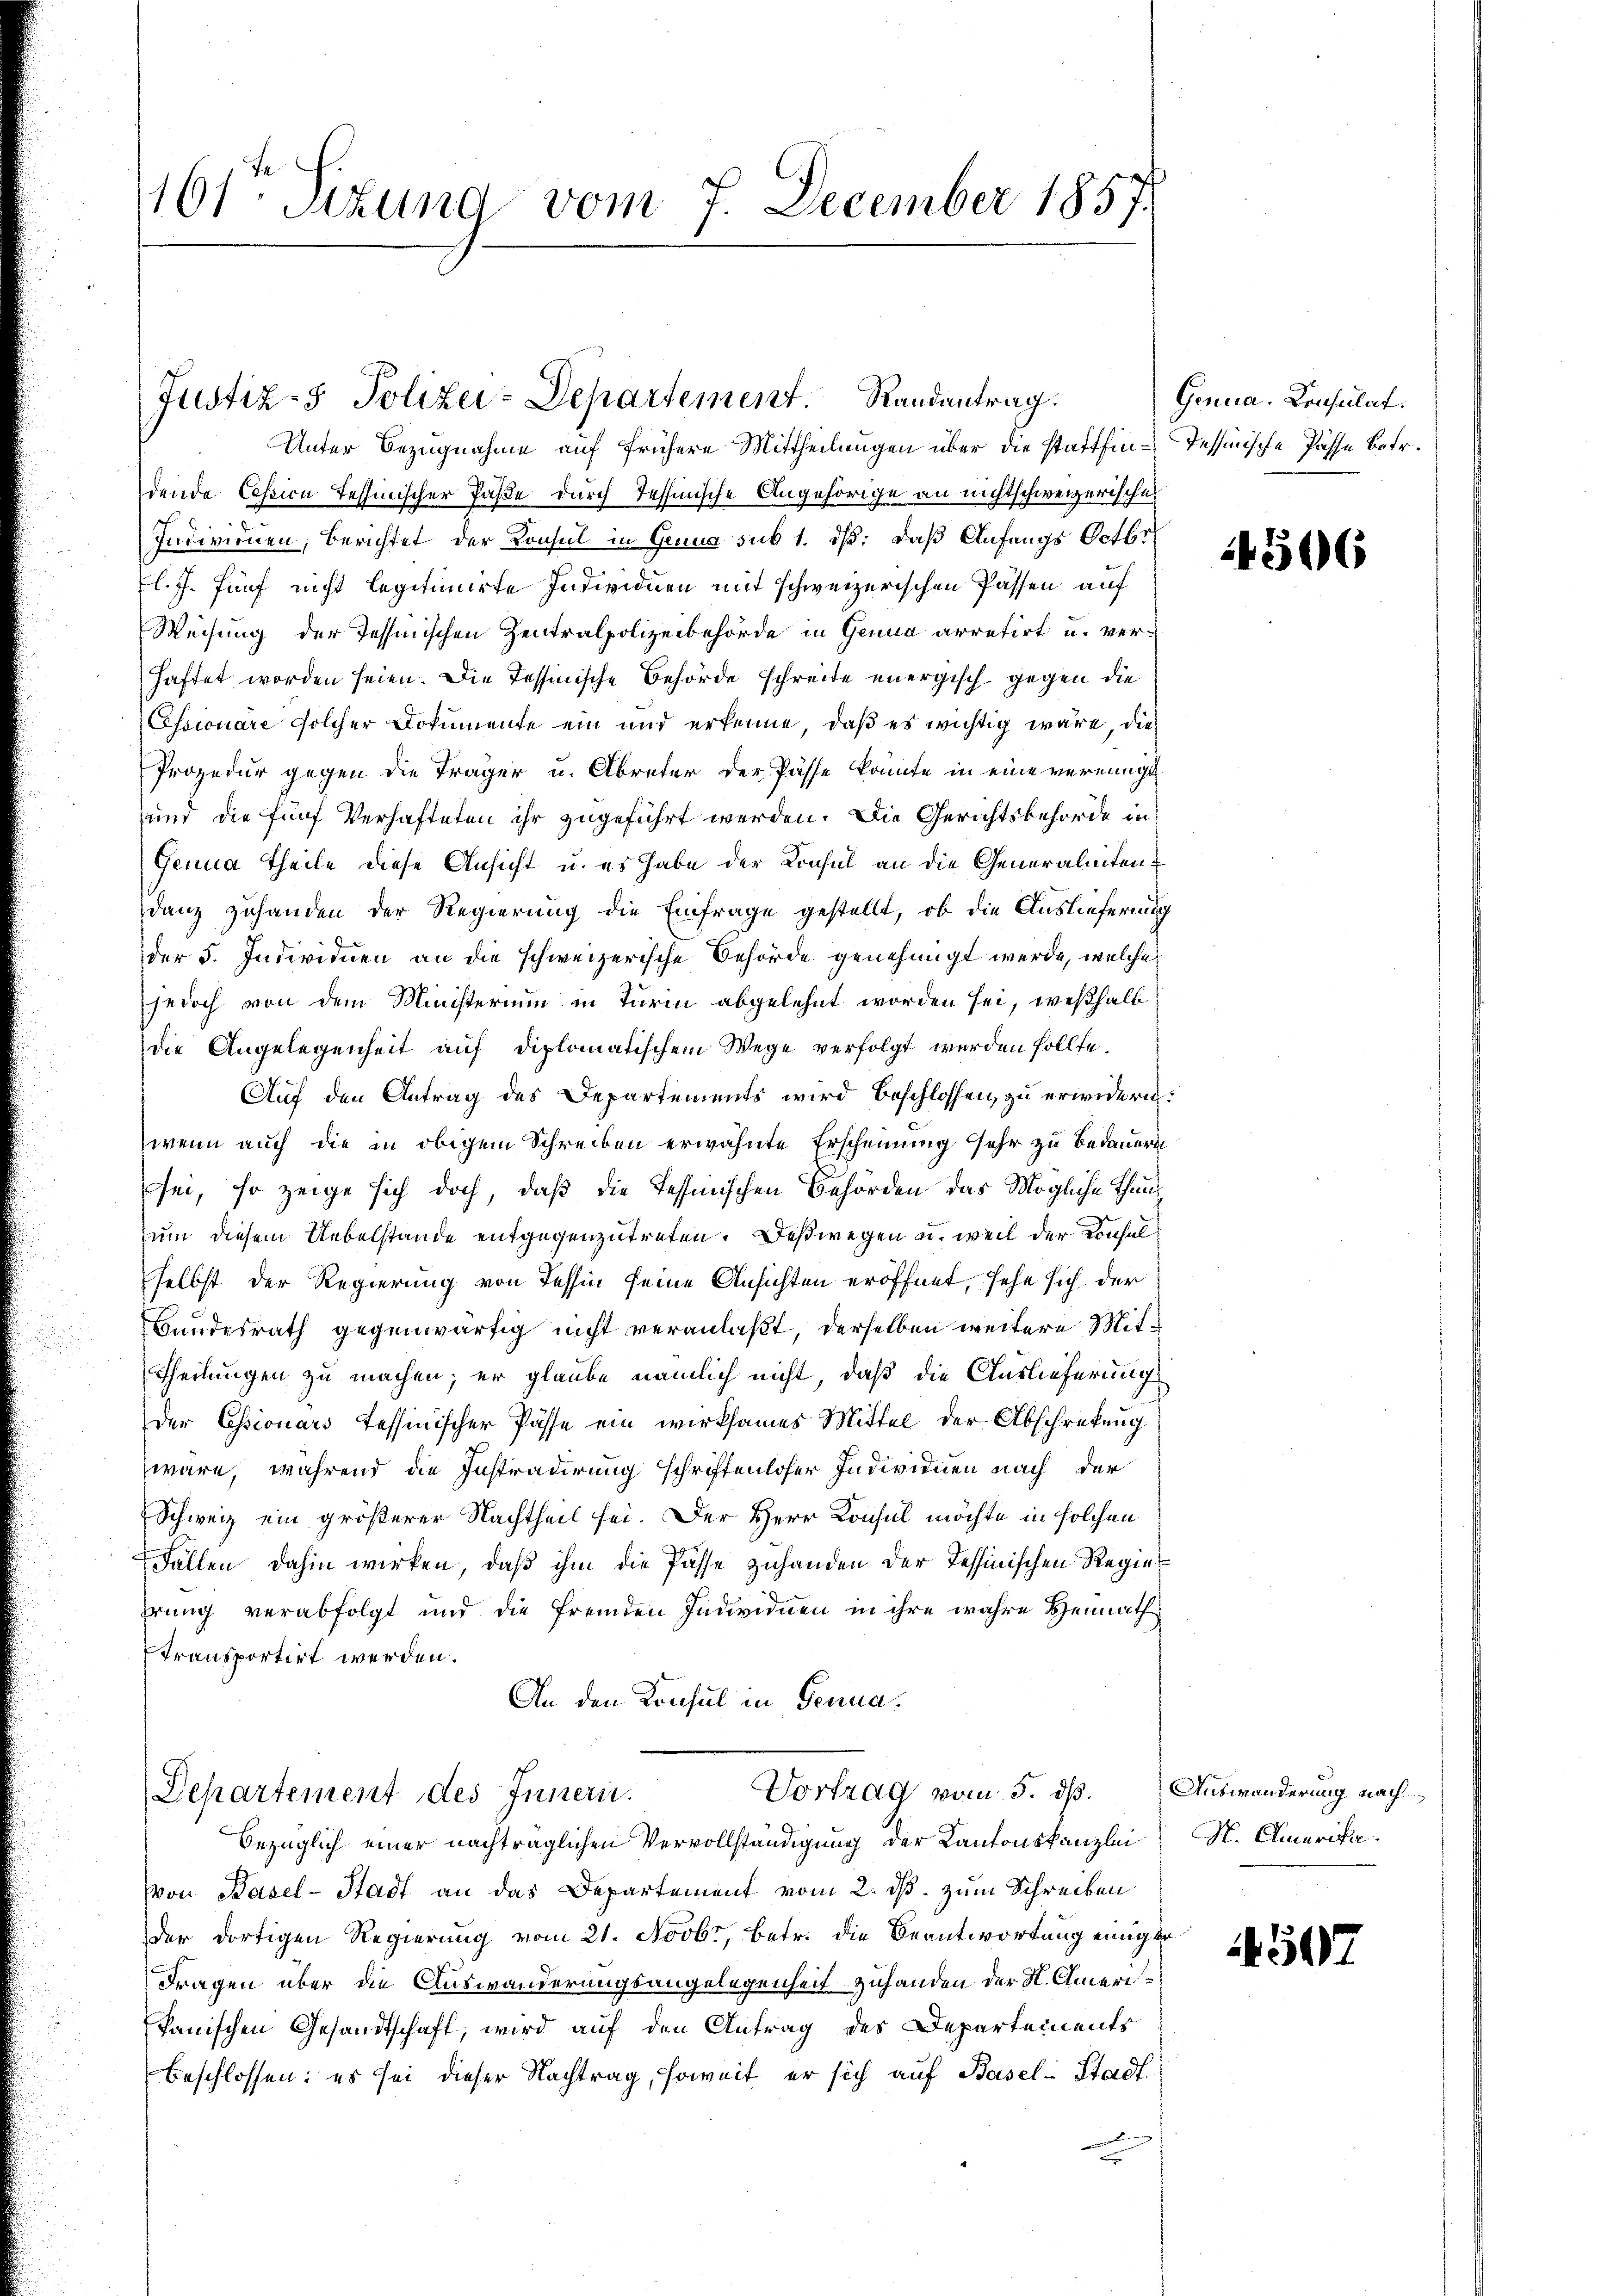
161. Sitzung vom 7. December 1857.

Unter Bezugnahme auf frühere Mittheilungen über die stattfin-Tessinische Pässe betr.
dende Cassicu Tessinischer Paße durch Tessinische Angehörige an nichtschweizerischen
Individuen, Berichtet der Konsul in Genua sub 1. dβ: daß Anfangs Octbr.
l. J. fünf nicht legitimirte Individuen mit schweizerischen Passen auf
Weisung der Tessinischen Zentralpolizeibehörde in Genua arretirt u. verhaftet worden seien. Die Tessinische Behörde schreite energisch gegen die
Essionare solcher Dokumente ein und erkenne, daß es wichtig wäre, die¬
Prozedur gegen die Träger u. Albreter der Pässe konnte in eine vereinigt
und die fünf Verhafteten ihr zugeführt werden. Die Gerichtsbehörde in
Genua Theile diese Ansicht u. es habe der Konsul an die Generalnitendanz zuhanden der Regierung die Einfrage gestellt, ob die Auslieferung
der 5. Individuen an die schweizerische Behörde genehmigt werde, welche
jedoch von dem Ministerium in Turin abgelehnt worden sei, weßhalb
die Angelegenheit auf diplomatischem Wege verfolgt werden sollte.
Auf den Antrag des Departements wird beschlossen, zu erwidern.
wenn auch die in obigem Schreiben erwähnte Erscheinung sehr zu bedauern
sei, so zeige sich doch, daß die Tessinischen Behörden das Mögliche Thauzum diesem Uebelstände entgegenzutreten. Deßwegen u. weil der Konselselbst der Regierung von Tessin seine Ansichten eröffnet, sehe sich der
Bundesrath gegenwärtig nicht veranlaßt, derselben weitere Mit¬
Theilungen zu machen; er glaube nämlich nicht, daß die Auslieferung
der Essionars Tessinischer Pässe ein wirksames Mittel der Abschreckung
wäre, während die Instradirung schriftenloser Individuen nach der
Schweiz ein größerer Nachtheil sei. Der Herr Konsul möchte in solchen
Fällen dahin wirken, daß ihm die Pässe zuhanden der Tessinischen Regiehrung verabfolgt und die fremden Individuen in ihre wahre Heimath¬
Transportirt werden.
An den Konsul in Genua.

Justiz- & Polizei-Departement Randantrag.

Vortrag vom 5. dß.
Departement des Innern.

bezüglich einer nachträglichen Vervollständigung der Kantonskanzlei N. Omerika¬
Von Basel-Stadt an das Departement vom 2. ds. zum Schreiben
der dortigen Regierung vom 21. Novbr, betr. die Beantwortung einiger
Fragen über die Auswanderungsangelegenheit zuhanden der K. Ameripanischen Gesandtschaft, wird auf den Antrag des Departements
beschlossen; es sei dieser Nachtrag, soweit er sich auf Basel-Stadt-
2

Genua, Consulat

506

Auswanderung nach

4547